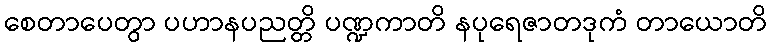
စေတာပေတွာ ပဟာနပညတ္တိ ပဏ္ဍကာတိ နပုရေဇာတဒုကံ တာယောတိ